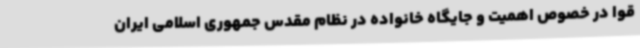
قوا در خصوص اهمیت و جایگاه خانواده در نظام مقدس جمهوری اسلامی ایران